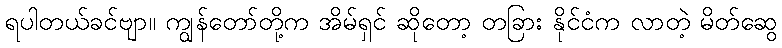
ရပါတယ်ခင်ဗျာ။ ကျွန်တော်တို့က အိမ်ရှင် ဆိုတော့ တခြား နိုင်ငံက လာတဲ့ မိတ်ဆွေ